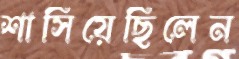
শাসিয়েছিলেন